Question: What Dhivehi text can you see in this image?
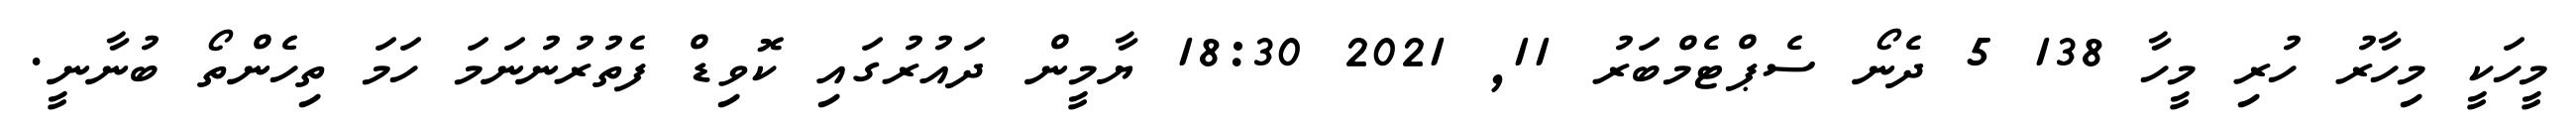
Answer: މީހަކީ މިހާރު ހުރި މީހާ 138 5 ދެނޯ ސެޕްޓެމްބަރު 11, 2021 18:30 ޔާމީން ދައުރުގައި ކޮވިޑް ފެތުރުނުނަމަ ހަމަ ތިހެންތޯ ބުނާނީ.